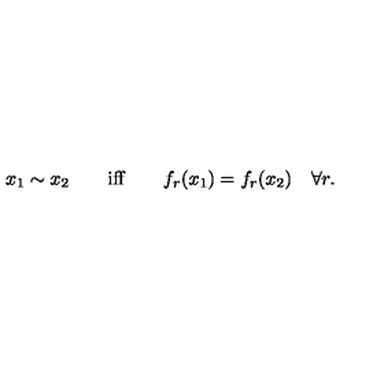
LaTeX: x _ { 1 } \sim x _ { 2 } \qquad \mathrm { i f f } \qquad f _ { r } ( x _ { 1 } ) = f _ { r } ( x _ { 2 } ) \quad \forall r .